NAE_EAOK_eestikeelsed_sunnimeetrikad, lk 143
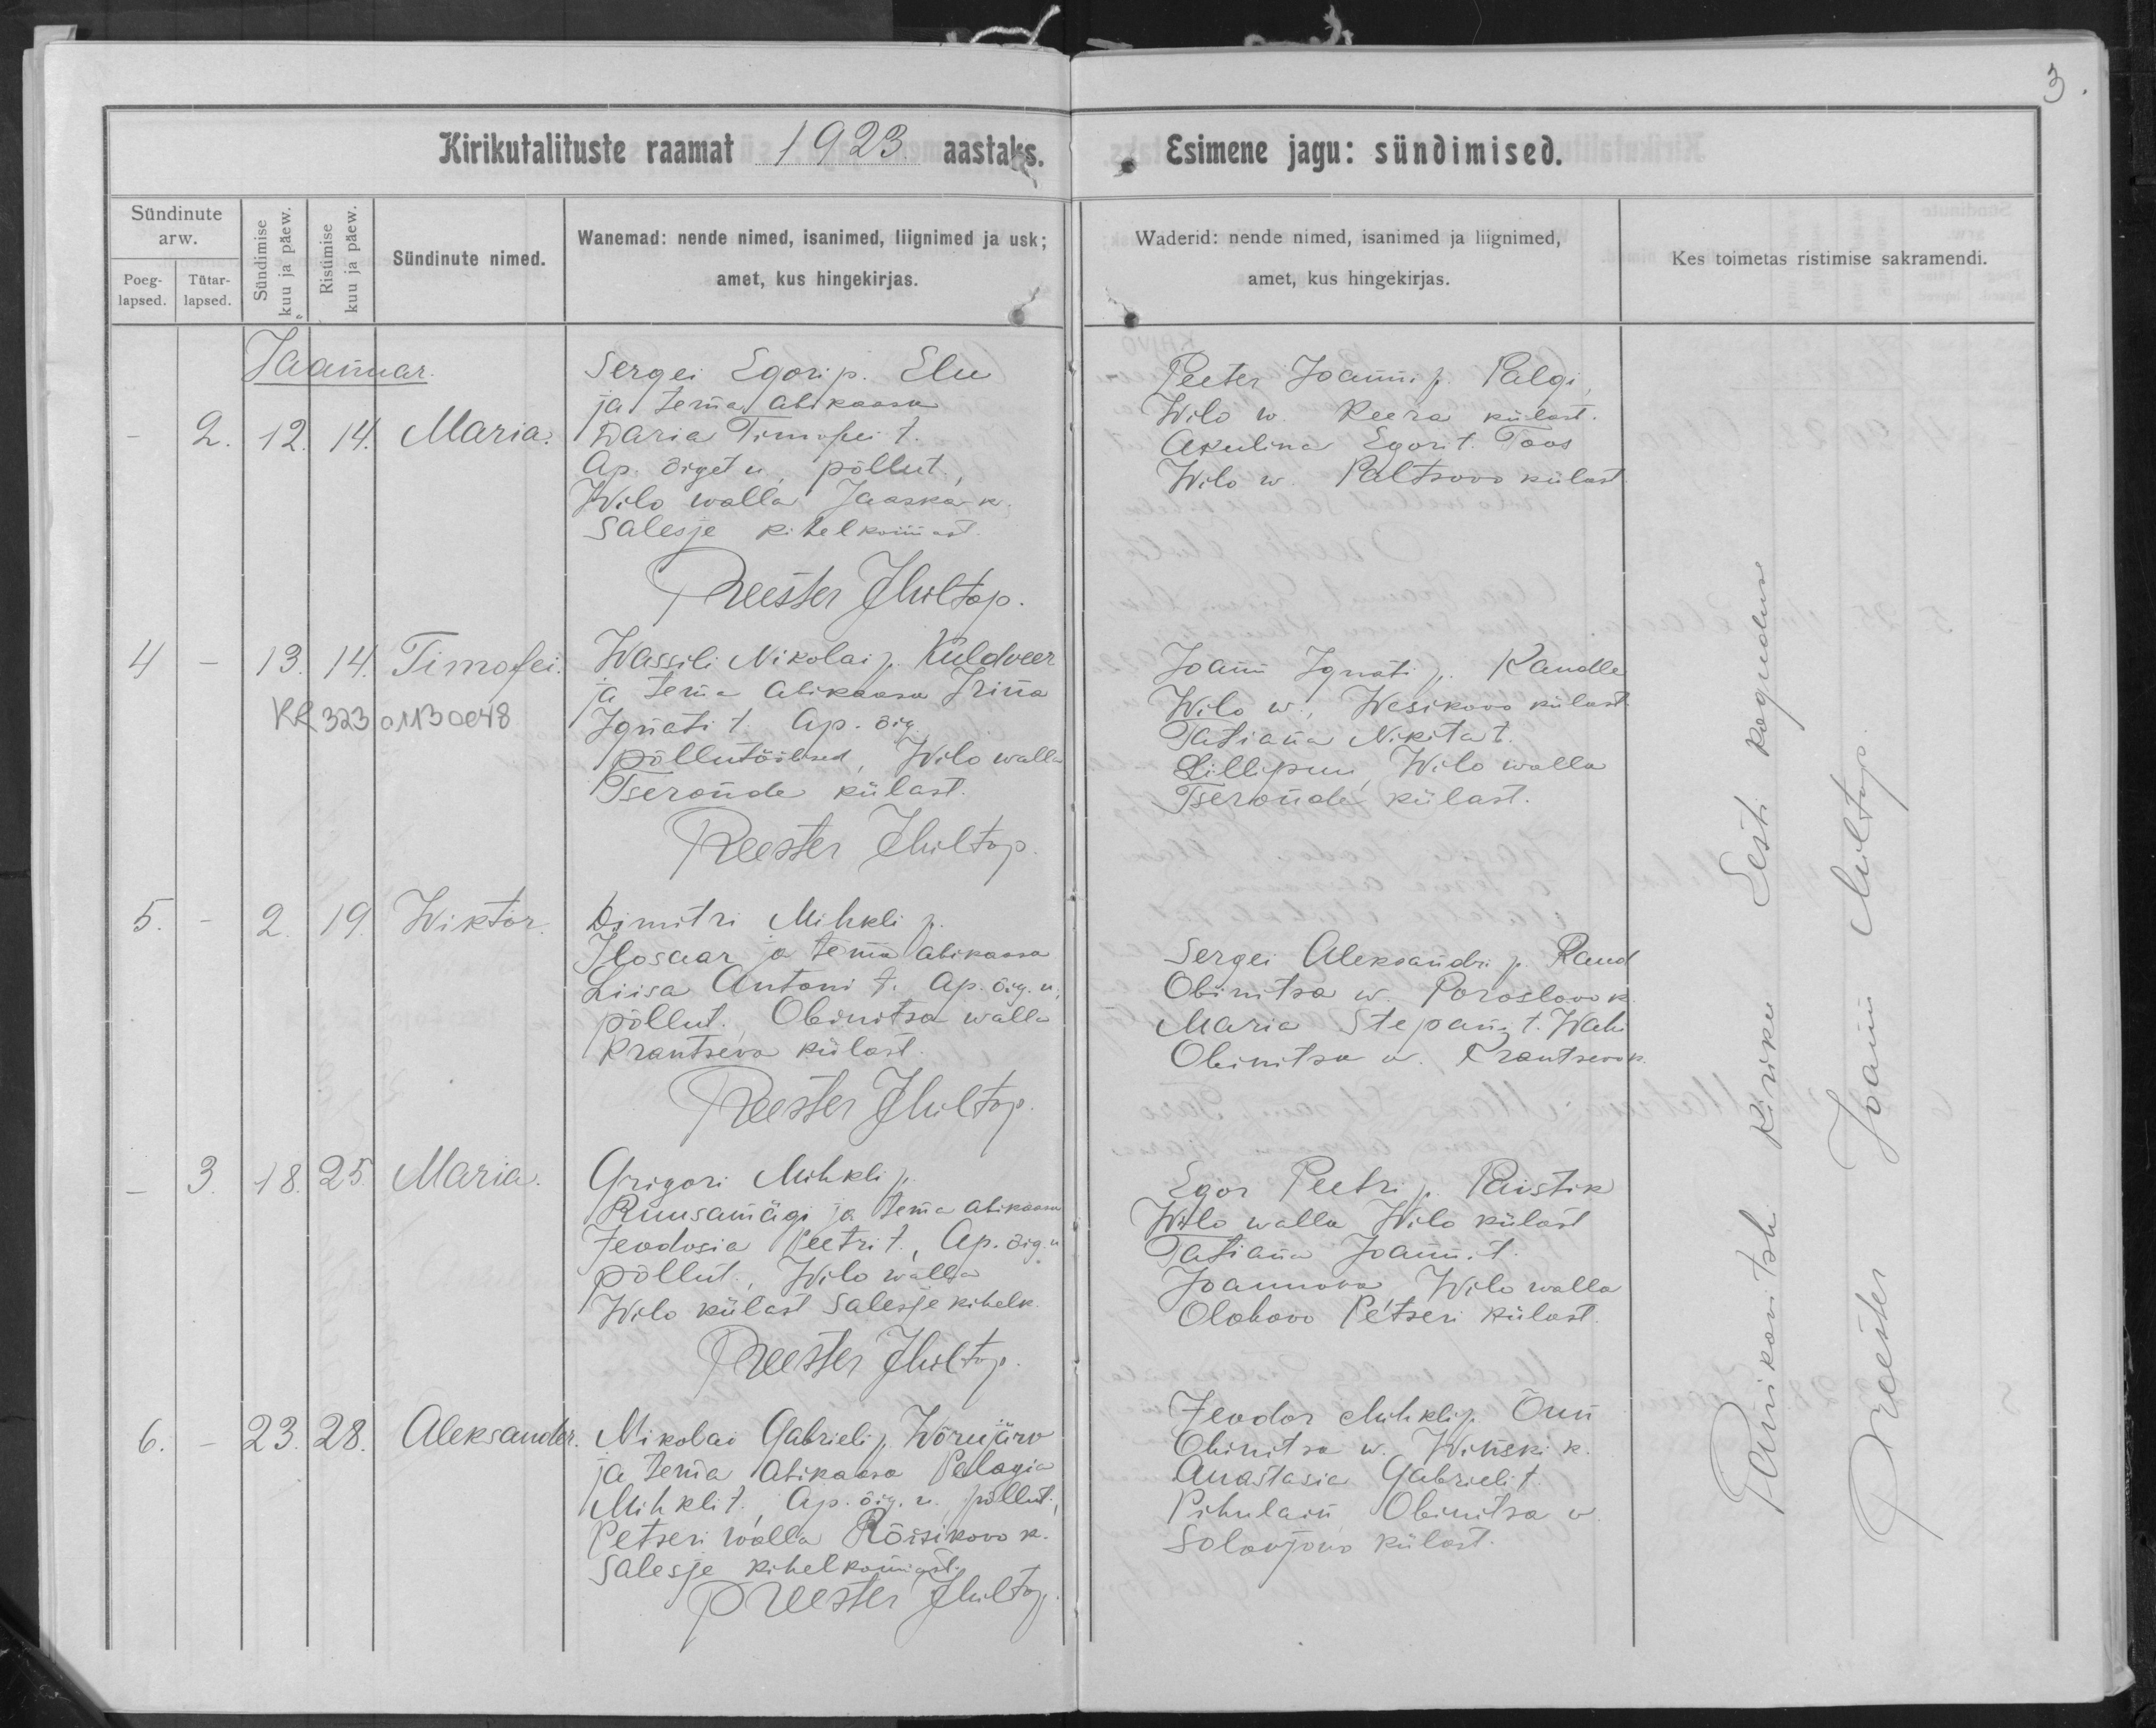
Maria

Timofei

Wiktor

Maria

Aleksander

Sergei Egori p. Elu
ja tema abikaasa
Daria Timofei t.
Ap.-Õiget u., põllut.,
Wilo wallas Jaaska k.
Salesje kihelkonnast.

Wassili Nikolai p. Kuldveer
ja tema abikaasa Irina
Igneti t. Ap. õig.
põllutöölised, Wilo walla
Tseronde külast

Dimitri Mihkli p.
Ilosaar ja tema abikaasa
Liisa Antoni t. Ap. õig. u.
põllut. Obinitsa walla
Prantsera külast

Grigori Mihkli p.
Ruusamägi ja tema abikaasa
Jeodosia Peetri t., Ap. õig. u.
põllut., Wilo walla
Wilo külast Salesje kihelk.

Nikolai Gabrieli Wõrujärw
ja tema abikaasa Pelagia
Mihkli t., Ap. õig. u. põllut.,
Petseri walla, Rõisikovo k.
Salesje kihelkonnast.